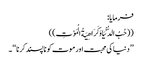
فرمایا:
((حُبُ الدُّنْیَا وَکَرَاھِیَةُ الْمَوْتِ ))
’’ دنیا کی محبت اور موت کو ناپسند کرنا ‘‘ ۔